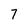
Character: 7